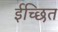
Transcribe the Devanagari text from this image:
ईच्छित